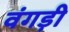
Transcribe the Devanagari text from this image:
वंगड़ी